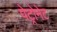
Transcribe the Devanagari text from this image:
पेट्रोनेट